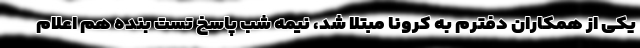
یکی از همکاران دفترم به کرونا مبتلا شد، نیمه شب پاسخ تست بنده هم اعلام